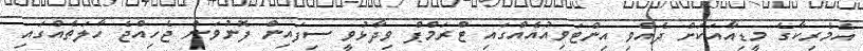
އެމެރިކާގެ މީޑިއާއަކަށް ދެއްވި އިންޓަވިއުއެއްގައި ޓްރަމްޕް ވިދާޅުވީ ސިފައިން ފޮނުވަން ޖެހިއްޖެ ހާލަތެއްގައި